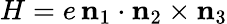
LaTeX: H=e\, \mathbf n_{1}\cdot\mathbf n_{2}\times\mathbf n_{3}